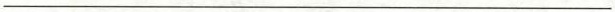
___